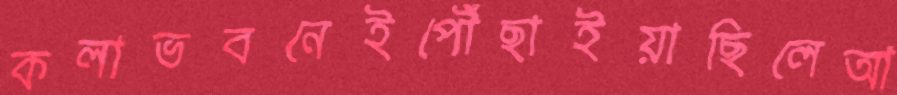
কলাভবনেইপৌঁছাইয়াছিলেআ